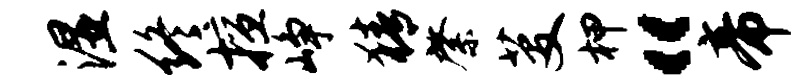
湿终擅峥猜綮芟柙“帝